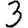
Digit: 3